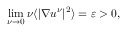
\operatorname* { l i m } _ { \nu \to 0 } \nu \langle | \nabla u ^ { \nu } | ^ { 2 } \rangle = \varepsilon > 0 ,